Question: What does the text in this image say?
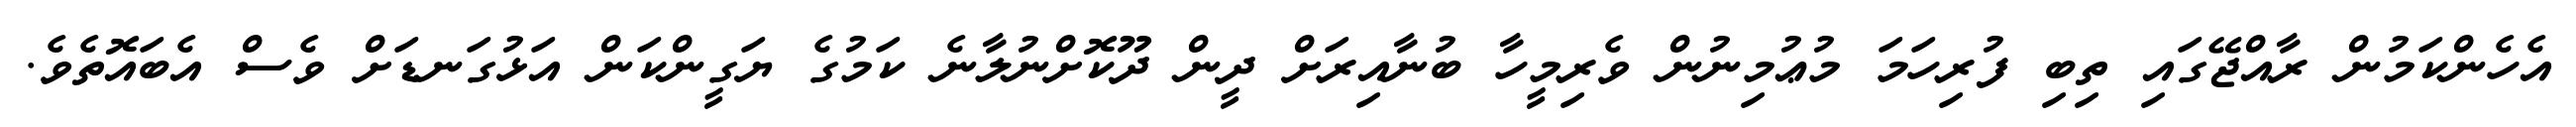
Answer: އެހެންކަމުން ރާއްޖޭގައި ތިބި ފުރިހަމަ މުޢުމިނުން ވެރިމީހާ ބުނާއިރަށް ދީން ދޫކޮށްނުލާނެ ކަމުގެ ޔަގީންކަން އަޅުގަނޑަށް ވެސް އެބައޮތެވެ.